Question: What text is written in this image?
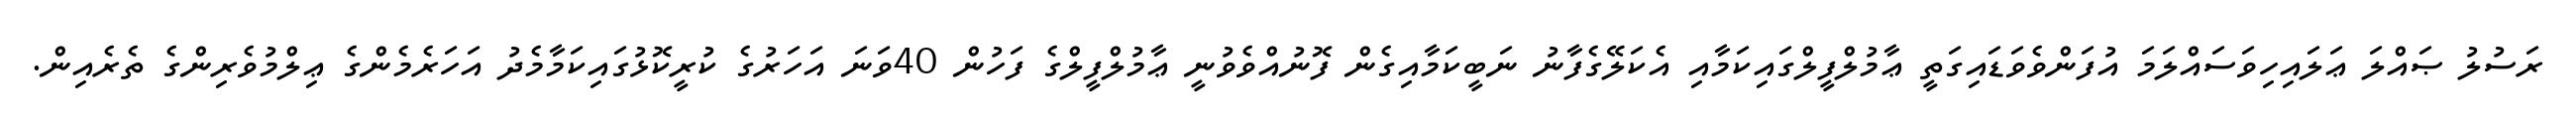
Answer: ރަސުލު ޞައްލަ ޢަލައިހިވަސައްލަމަ އުފަންވެވަޑައިގަތީ ޢާމުލްފީލްގައިކަމާއި އެކަލޭގެފާނު ނަބީކަމާއިގެން ފޮނުއްވެވުނީ ޢާމުލްފީލްގެ ފަހުން 40ވަނަ އަހަރުގެ ކުރީކޮޅުގައިކަމާމެދު އަހަރެމެންގެ ޢިލްމުވެރިންގެ ތެރެއިން.